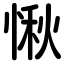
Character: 愀